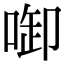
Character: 啣